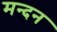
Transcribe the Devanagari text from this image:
मन्दन